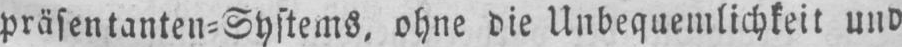
präsentanten⸗Systems. ohne die Unbequemlichkeit und